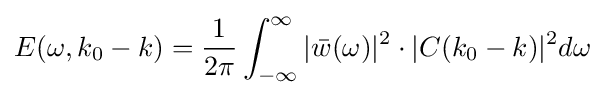
E(\omega ,k_{0}-k)={\frac {1}{2\pi }}\int _{-\infty }^{\infty }|{\bar {w}}(\omega )|^{2}\cdot |C(k_{0}-k)|^{2}d\omega